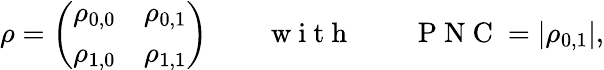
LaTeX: \rho=\left(\begin{array}{cc}{\rho_{0,0}}&{\rho_{0,1}}\\ {\rho_{1,0}}&{\rho_{1,1}}\end{array}\right)\qquad\mathrm{~w~i~t~h~}\qquad\mathrm{~P~N~C~}=|\rho_{0,1}|,